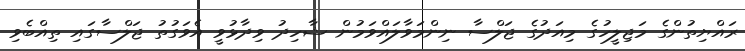
ރައްޔިތުންގެ މަޖިލީހުގެ މިއަދުގެ ޖަލްސާ ނިންމަވާލައްވަމުން ޝާހިދު ވިދާޅުވީ އެވަގުތު ޖަލްސާގައި ތިއްބެވި